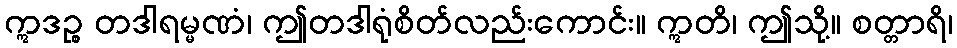
ဣဒဉ္စ တဒါရမ္မဏံ၊ ဤတဒါရုံစိတ်လည်းကောင်း။ ဣတိ၊ ဤသို့။ စတ္တာရိ၊